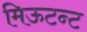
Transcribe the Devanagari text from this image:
मिऊटन्ट